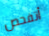
أتفحص